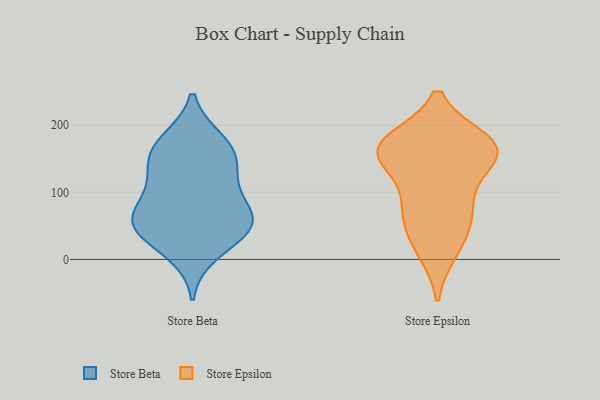
{"axis": {"x": "Net Income (USD K)", "y": "Value"}, "legend": ["Store Beta", "Store Epsilon"], "data": [{"x": "", "y": 172, "type": "Store Beta"}, {"x": "", "y": 176, "type": "Store Beta"}, {"x": "", "y": 148, "type": "Store Beta"}, {"x": "", "y": 48, "type": "Store Beta"}, {"x": "", "y": 152, "type": "Store Beta"}, {"x": "", "y": 63, "type": "Store Beta"}, {"x": "", "y": 10, "type": "Store Beta"}, {"x": "", "y": 122, "type": "Store Beta"}, {"x": "", "y": 54, "type": "Store Beta"}, {"x": "", "y": 75, "type": "Store Beta"}, {"x": "", "y": 51, "type": "Store Beta"}, {"x": "", "y": 43, "type": "Store Beta"}, {"x": "", "y": 104, "type": "Store Beta"}, {"x": "", "y": 156, "type": "Store Epsilon"}, {"x": "", "y": 160, "type": "Store Epsilon"}, {"x": "", "y": 77, "type": "Store Epsilon"}, {"x": "", "y": 166, "type": "Store Epsilon"}, {"x": "", "y": 174, "type": "Store Epsilon"}, {"x": "", "y": 85, "type": "Store Epsilon"}, {"x": "", "y": 158, "type": "Store Epsilon"}, {"x": "", "y": 70, "type": "Store Epsilon"}, {"x": "", "y": 171, "type": "Store Epsilon"}, {"x": "", "y": 158, "type": "Store Epsilon"}, {"x": "", "y": 29, "type": "Store Epsilon"}, {"x": "", "y": 15, "type": "Store Epsilon"}]}